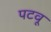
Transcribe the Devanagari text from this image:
पटवू